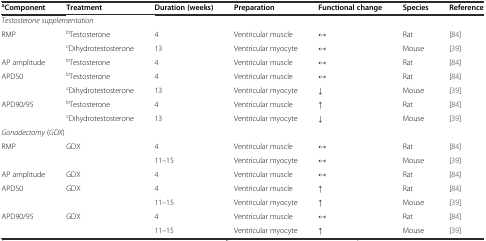
| aComponent | Treatment | Duration (weeks) | Preparation | Functional change | Species | Reference |
 | --- | --- | --- | --- | --- | --- | --- |
 | <COLSPAN=7> Testosterone supplementation |
 | <ROWSPAN=2> RMP | bTestosterone | 4 | Ventricular muscle | ↔ | Rat | [84] |
 | cDihydrotestosterone | 13 | Ventricular myocyte | ↔ | Mouse | [39] |
 | AP amplitude | bTestosterone | 4 | Ventricular muscle | ↔ | Rat | [84] |
 | <ROWSPAN=2> APD50 | bTestosterone | 4 | Ventricular muscle | ↔ | Rat | [84] |
 | cDihydrotestosterone | 13 | Ventricular myocyte | ↓ | Mouse | [39] |
 | <ROWSPAN=2> APD90/95 | bTestosterone | 4 | Ventricular muscle | ↑ | Rat | [84] |
 | cDihydrotestosterone | 13 | Ventricular myocyte | ↓ | Mouse | [39] |
 | <COLSPAN=7> Gonadectomy (GDX) |
 | <ROWSPAN=2> RMP | <ROWSPAN=2> GDX | 4 | Ventricular muscle | ↔ | Rat | [84] |
 | 11–15 | Ventricular myocyte | ↔ | Mouse | [39] |
 | AP amplitude | GDX | 4 | Ventricular muscle | ↔ | Rat | [84] |
 | <ROWSPAN=2> APD50 | <ROWSPAN=2> GDX | 4 | Ventricular muscle | ↑ | Rat | [84] |
 | 11–15 | Ventricular myocyte | ↑ | Mouse | [39] |
 | <ROWSPAN=2> APD90/95 | <ROWSPAN=2> GDX | 4 | Ventricular muscle | ↔ | Rat | [84] |
 | 11–15 | Ventricular myocyte | ↑ | Mouse | [39] |